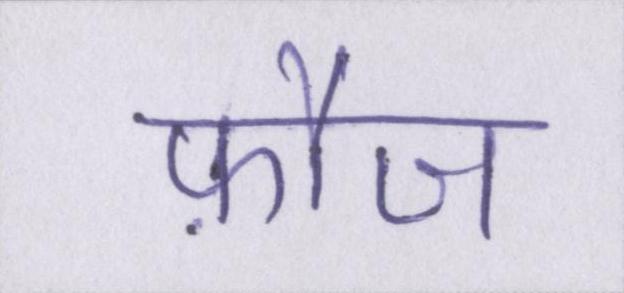
फ़ौज